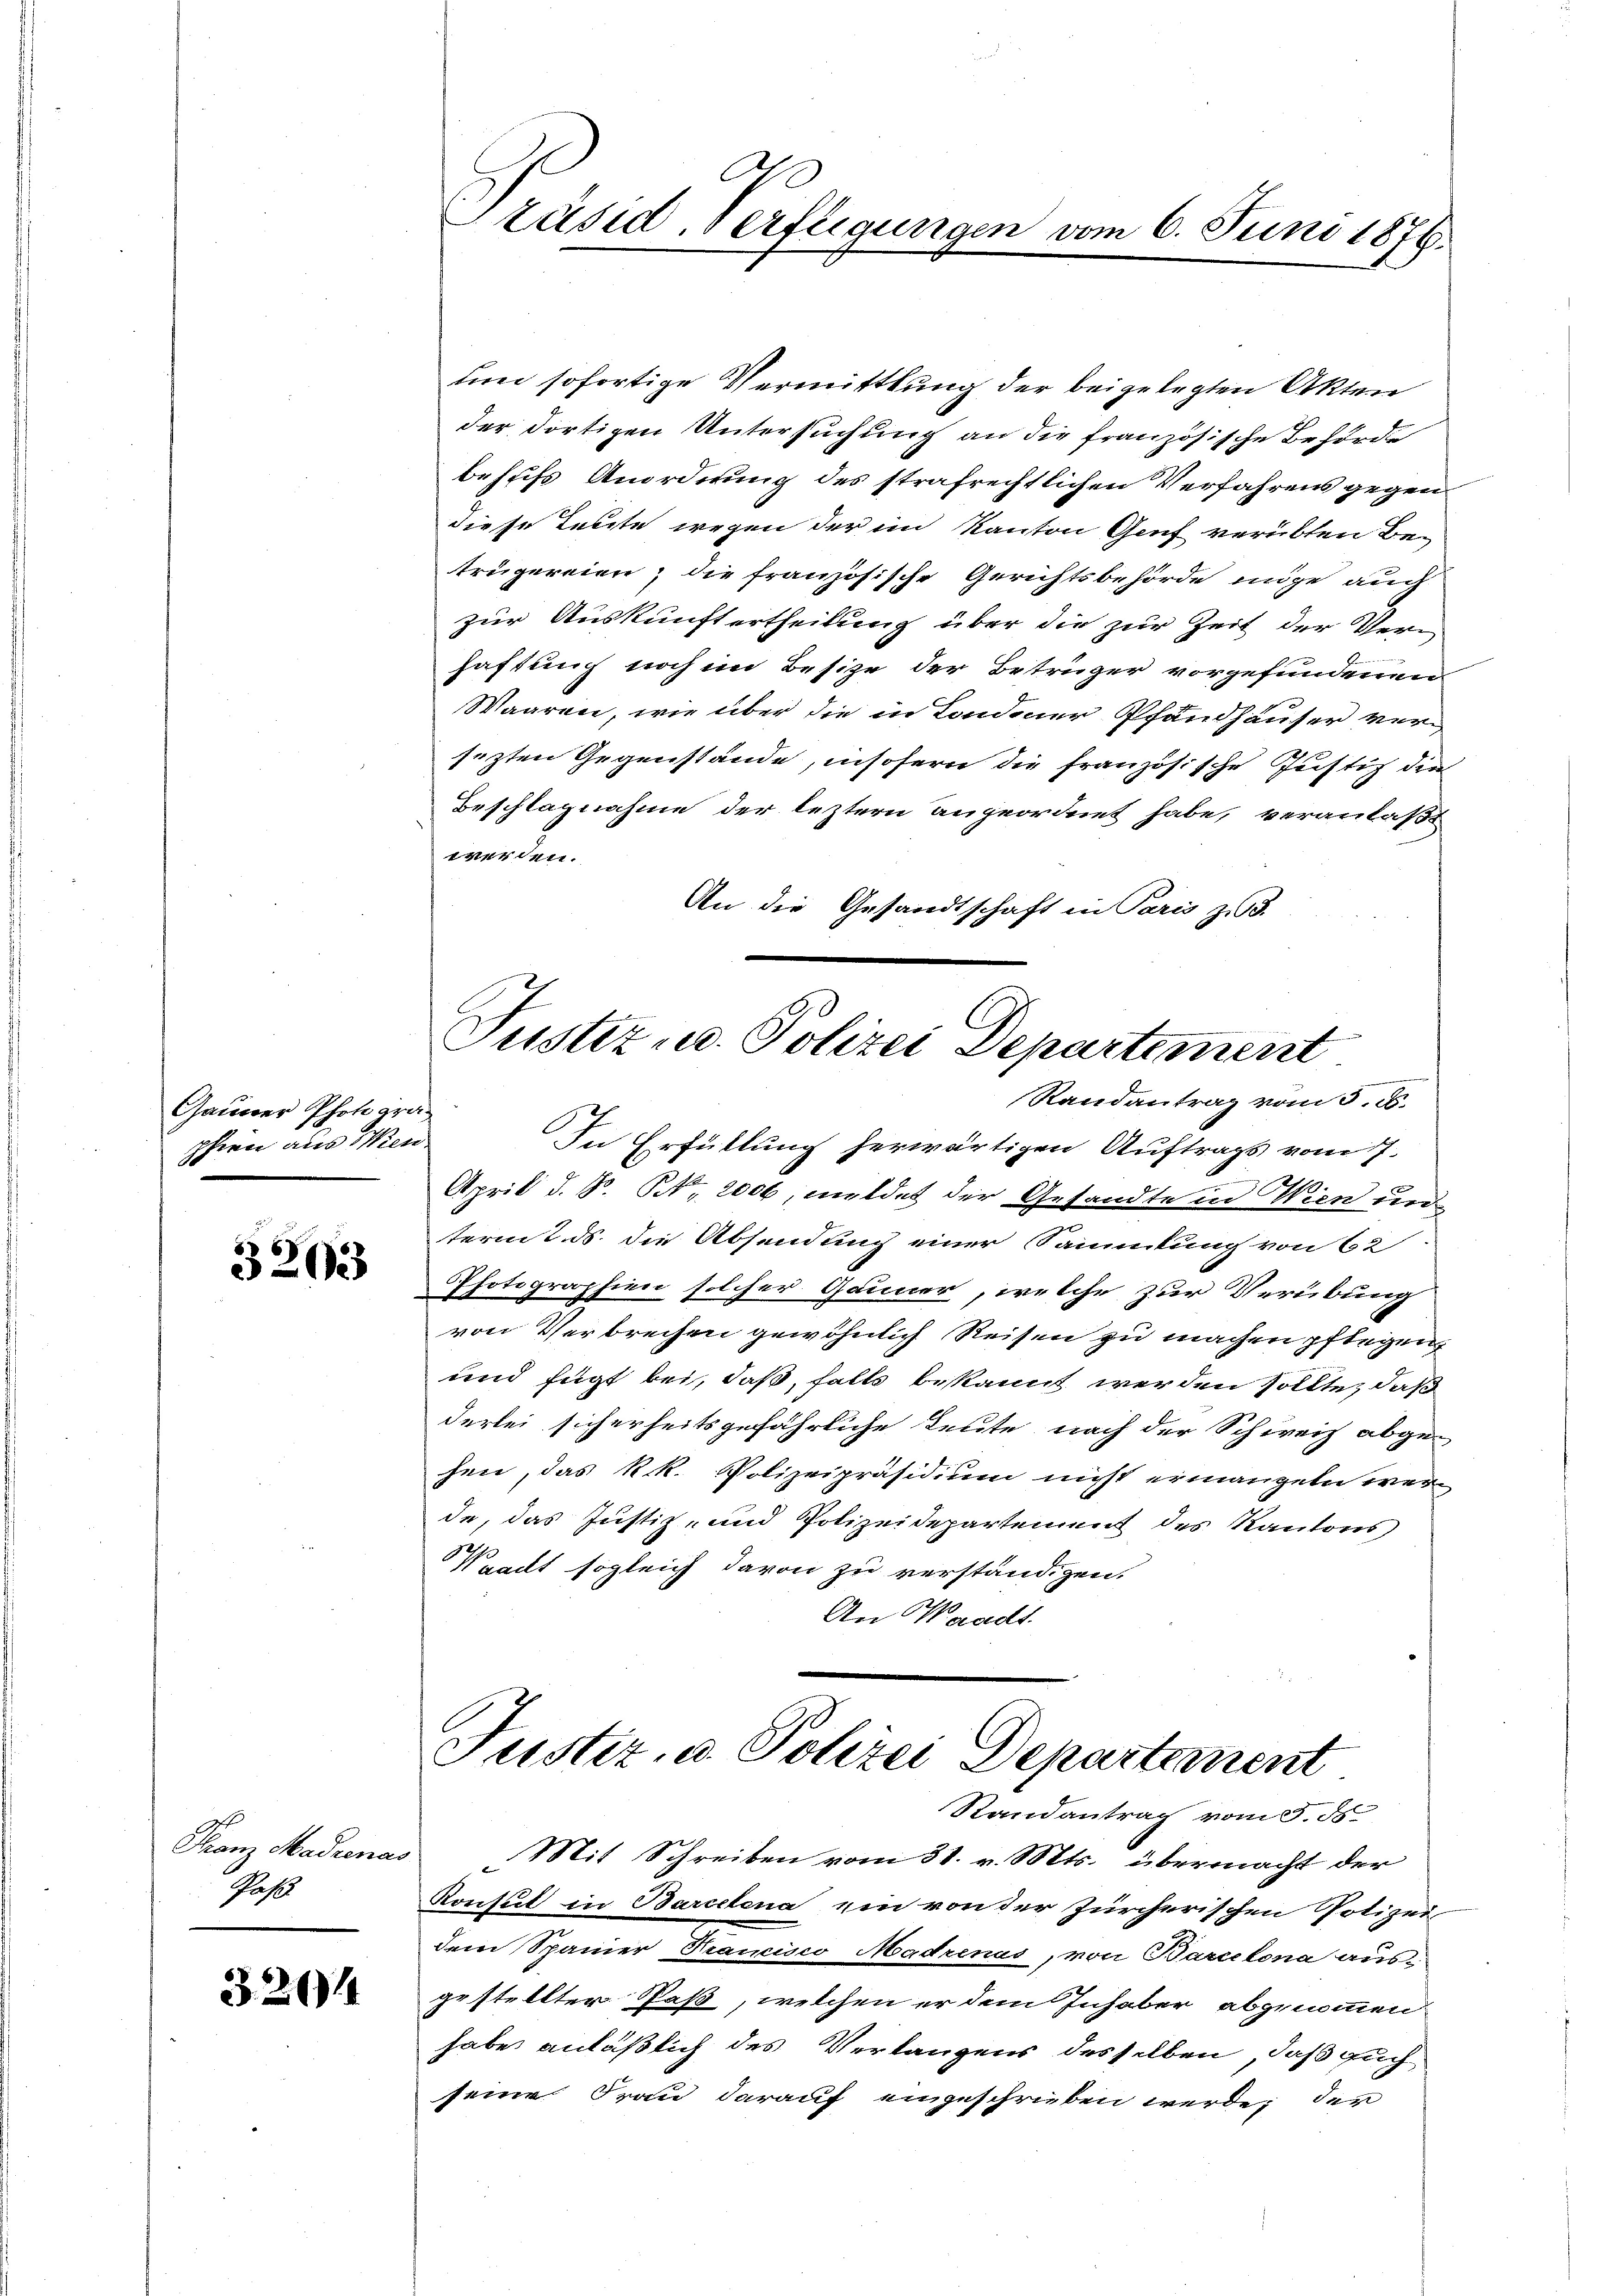
Gauner Photographern aus Wien.

32033

Ja

3204

Ot
Präsid. Verfügungen vom 6. Juni 1876.

und sofortige Vermittlung der beigelegten Akten
der dortigen Untersuchung an die französische Behörde
behufs Anordnung des strafrechtlichen Verfahrens gegendiese Leute wegen der im Kanton Genf verübten Be-
trügereien; die französische Gerichtsbehörde möge auch
zur Auskunft ertheilung über die zur Zeit der Verhaftung noch im Besize der Betrüger vorgefundenen
Waaren, wie über die in Londoner Pfandhäuser versezten Gegenstände, insofern die französische Justiz die
Beschlagnahme der leztern angeordnet habe, veranlaßt
werden.
An die Gesandtschaft in Paris zu 3.

Justiz u. Polizei Departement
Randantrag vom 5. ds.
In Erfüllung herwärtigen Auftrags vom 7.

April d. P. Nr. 2000, mildet der Gesandte in Wien und
termit ds. die Absendung einer Sammlung von 62
Photographien solcher Gauner, welche zur Verübung
von Verbrechen gewöhnlich Reisen zu machen pflegen,
und fügt bei, daß, falls bekannt werden sollte, daß
derlei sicherheitsgefährliche Leute nach der Schweiz abge-
hen, das k.k. Polizeipräsidium nicht ermangeln werde, das Justiz- und Polizeidepartement des Kantons
Waadt sogleich davon zu verständigen.
An Waadt.

Justiz, u. Polizei Departement
Randantrag vom 5. ds.
Franz Madrenas Mit Schreiben vom 31. v. Mts. übermacht der

Konsul in Barcelena ein von der Zürcherischen Polizei
dem Spanier Krancisco Madrenus, von Barcelona aus-
gestellter Paß, welchen er dem Inhaber abgenommen.
habe anläßlich des Verlangens desselben, daß auch
seine Frau darauf eingeschrieben werde; der